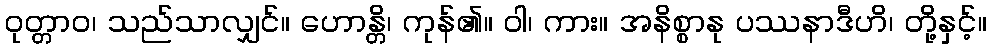
ဝုတ္တာဝ၊ သည်သာလျှင်။ ဟောန္တိ၊ ကုန်၏။ ဝါ၊ ကား။ အနိစ္စာနု ပဿနာဒီဟိ၊ တို့နှင့်။